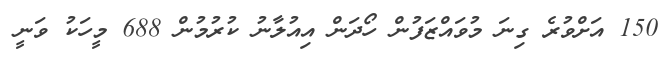
150 އަށްވުރެ ގިނަ މުވައްޒަފުން ހޯދަން އިއުލާނު ކުރުމުން 688 މީހަކު ވަނީ